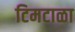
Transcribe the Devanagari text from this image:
टिमटाळा